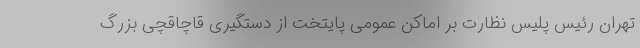
تهران رئیس پلیس نظارت بر اماکن عمومی پایتخت از دستگیری قاچاقچی بزرگ